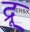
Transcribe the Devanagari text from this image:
द्रू